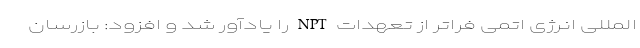
المللی انرژی اتمی فراتر از تعهدات NPT را یادآور شد و افزود: بازرسان